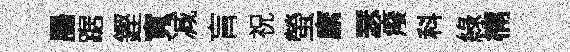
腸踞鏗寬减肓祝螢縻瑟癈科綠楠